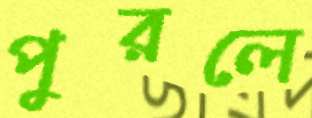
পুরলে